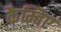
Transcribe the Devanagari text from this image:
कैम्बिए